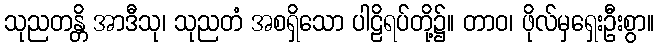
သုညတန္တိ အာဒီသု၊ သုညတံ အစရှိသော ပါဠိရပ်တို့၌။ တာဝ၊ ဖိုလ်မှရှေးဦးစွာ။